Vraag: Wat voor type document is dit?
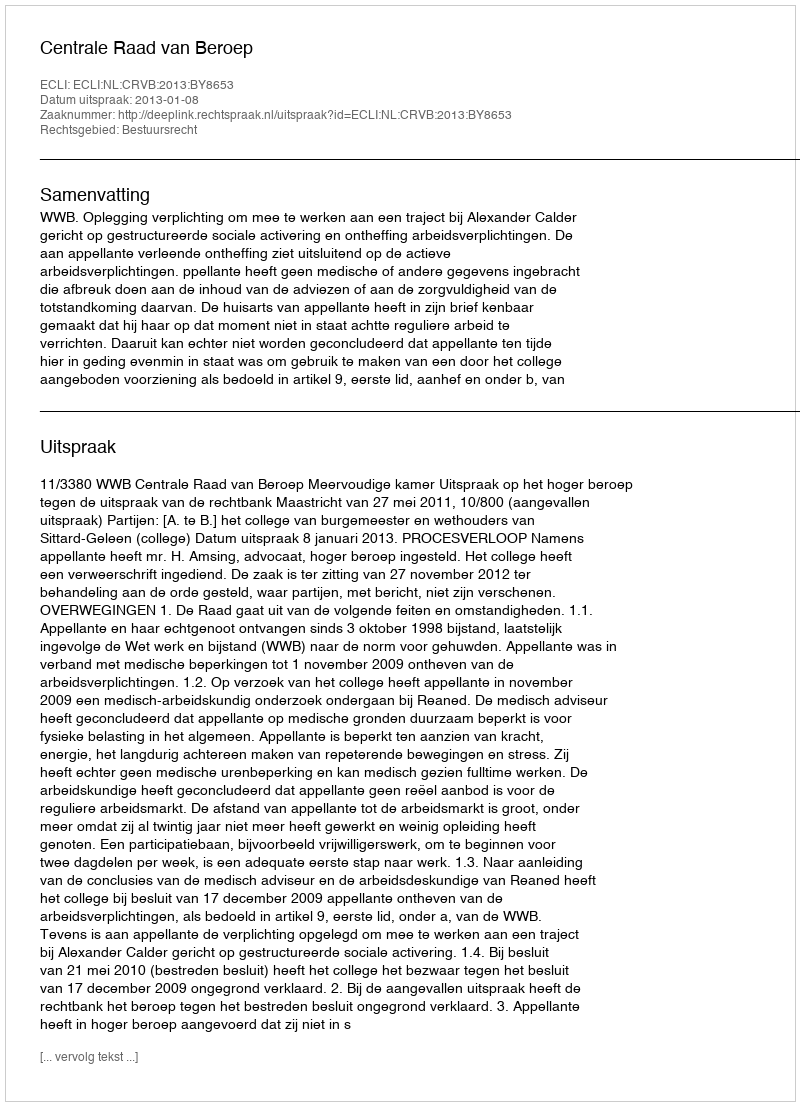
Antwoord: Uitspraak